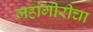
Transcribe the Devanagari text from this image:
जहांगीरीचा